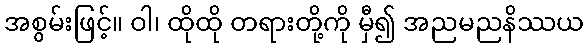
အစွမ်းဖြင့်။ ဝါ၊ ထိုထို တရားတို့ကို မှီ၍ အညမညနိဿယ